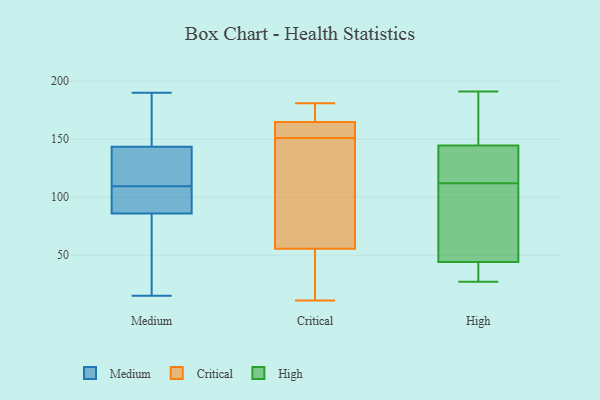
{"axis": {"x": "Website Visitors", "y": "Value"}, "legend": ["Critical", "High", "Medium"], "data": [{"x": "", "y": 124, "type": "Medium"}, {"x": "", "y": 190, "type": "Medium"}, {"x": "", "y": 110, "type": "Medium"}, {"x": "", "y": 151, "type": "Medium"}, {"x": "", "y": 47, "type": "Medium"}, {"x": "", "y": 128, "type": "Medium"}, {"x": "", "y": 166, "type": "Medium"}, {"x": "", "y": 82, "type": "Medium"}, {"x": "", "y": 101, "type": "Medium"}, {"x": "", "y": 72, "type": "Medium"}, {"x": "", "y": 101, "type": "Medium"}, {"x": "", "y": 136, "type": "Medium"}, {"x": "", "y": 15, "type": "Medium"}, {"x": "", "y": 109, "type": "Medium"}, {"x": "", "y": 90, "type": "Medium"}, {"x": "", "y": 176, "type": "Medium"}, {"x": "", "y": 177, "type": "Critical"}, {"x": "", "y": 165, "type": "Critical"}, {"x": "", "y": 54, "type": "Critical"}, {"x": "", "y": 164, "type": "Critical"}, {"x": "", "y": 60, "type": "Critical"}, {"x": "", "y": 24, "type": "Critical"}, {"x": "", "y": 27, "type": "Critical"}, {"x": "", "y": 112, "type": "Critical"}, {"x": "", "y": 151, "type": "Critical"}, {"x": "", "y": 181, "type": "Critical"}, {"x": "", "y": 179, "type": "Critical"}, {"x": "", "y": 86, "type": "Critical"}, {"x": "", "y": 154, "type": "Critical"}, {"x": "", "y": 73, "type": "Critical"}, {"x": "", "y": 162, "type": "Critical"}, {"x": "", "y": 156, "type": "Critical"}, {"x": "", "y": 41, "type": "Critical"}, {"x": "", "y": 165, "type": "Critical"}, {"x": "", "y": 11, "type": "Critical"}, {"x": "", "y": 27, "type": "High"}, {"x": "", "y": 56, "type": "High"}, {"x": "", "y": 32, "type": "High"}, {"x": "", "y": 191, "type": "High"}, {"x": "", "y": 106, "type": "High"}, {"x": "", "y": 123, "type": "High"}, {"x": "", "y": 186, "type": "High"}, {"x": "", "y": 144, "type": "High"}, {"x": "", "y": 145, "type": "High"}, {"x": "", "y": 31, "type": "High"}, {"x": "", "y": 30, "type": "High"}, {"x": "", "y": 56, "type": "High"}, {"x": "", "y": 180, "type": "High"}, {"x": "", "y": 133, "type": "High"}, {"x": "", "y": 118, "type": "High"}, {"x": "", "y": 73, "type": "High"}]}